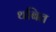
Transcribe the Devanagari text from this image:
थबित